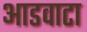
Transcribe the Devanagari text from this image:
आडवाटा